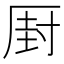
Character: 𠪆